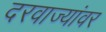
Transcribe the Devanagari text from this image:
दरवाज्यांवर